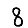
Digit: 8